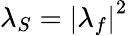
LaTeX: \lambda_{S}=\left|\lambda_{f}\right|^{2}